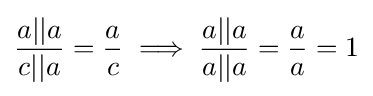
{\frac {a||a}{c||a}}={\frac {a}{c}}\implies {\frac {a||a}{a||a}}={\frac {a}{a}}=1